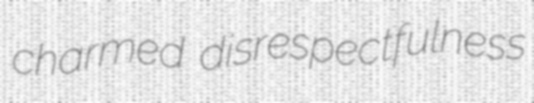
charmed disrespectfulness